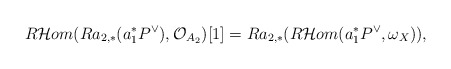
\begin{align*}R\mathcal{H}om(Ra_{2,*}(a_1^*P^{\vee}),\mathcal{O}_{A_2})[1]=Ra_{2,*}(R\mathcal{H}om(a_1^*P^{\vee},\omega_X)),\end{align*}